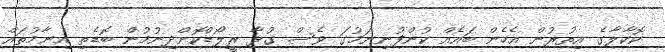
ކޮކާލާގެ އިތުރުން އެހެން ބައެއް ކުންފުނިނަމުގަ ވެސް ގުޅާ ރީލޯޑްކޮށްދިނުމުން ބޮޑެތި އިނާމުތައް